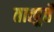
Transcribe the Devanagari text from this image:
तात्पुर्ते